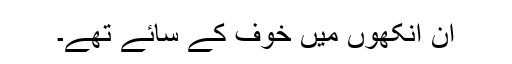
اُن آنکھوں میں خوف کے سائے تھے۔